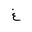
Letter: _gayn